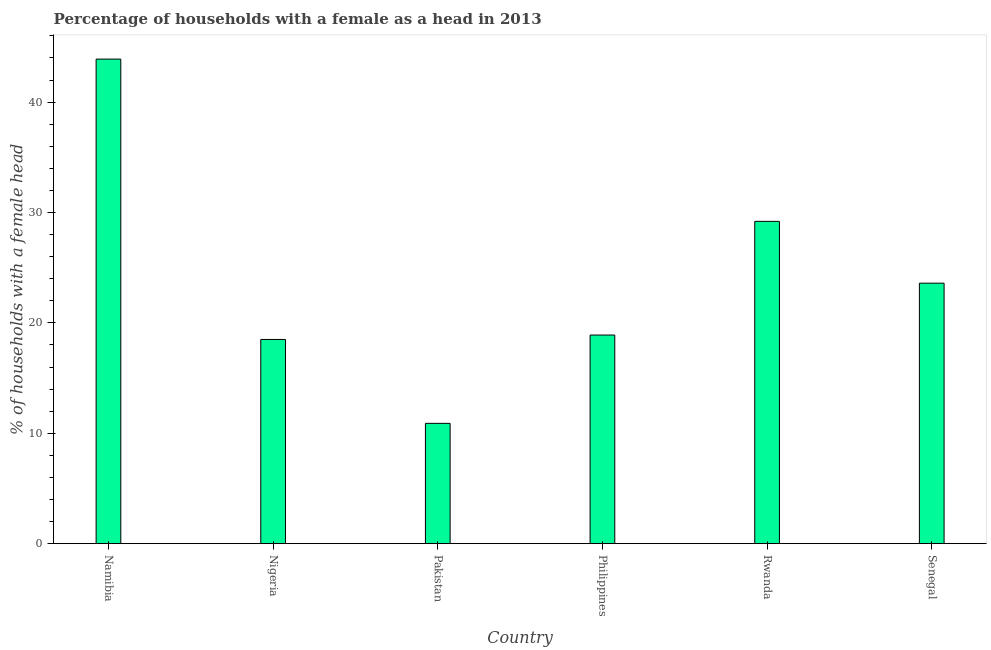
| Country | Female headed households |
 | --- | --- |
 | Namibia | 43.9 |
 | Nigeria | 18.5 |
 | Pakistan | 10.9 |
 | Philippines | 18.9 |
 | Rwanda | 29.2 |
 | Senegal | 23.6 |